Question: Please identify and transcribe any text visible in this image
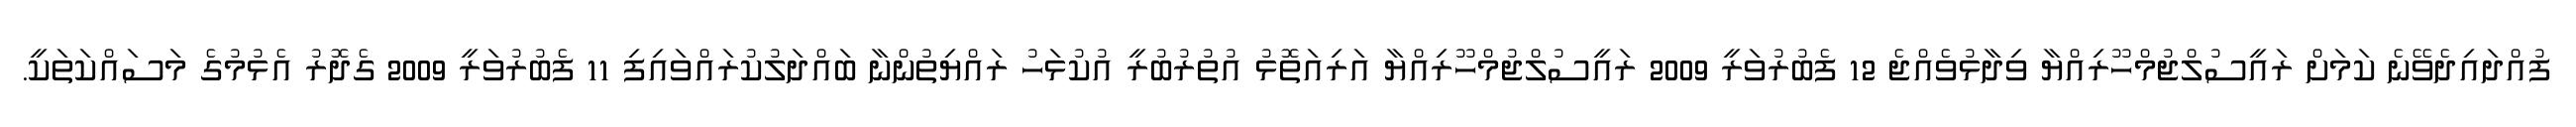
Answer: ފުއްދައިދެވޭނެ ކަމަށް ރައީސުލްޖުމްހޫރިއްޔާ ވިދާޅުވެއްޖެ 12 ފެބުރުވަރީ 2009 ރައީސުލްޖުމްހޫރިއްޔާ އަރިއަތޮޅު އުތުރުބުރީ އުކުޅަހު ރައްޔިތުންނާ ބައްދަލުކުރައްވައިފި 11 ފެބުރުވަރީ 2009 ގެދޮރު އެޅުމުގެ މަސައްކަތަކީ.